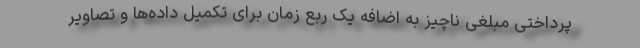
پرداختی مبلغی ناچیز به اضافه یک ربع زمان برای تکمیل داده‌ها و تصاویر